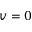
v = 0